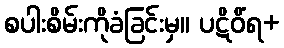
စပါးစိမ်းကိုခံခြင်းမှ။ ပဋိဝိံရ+